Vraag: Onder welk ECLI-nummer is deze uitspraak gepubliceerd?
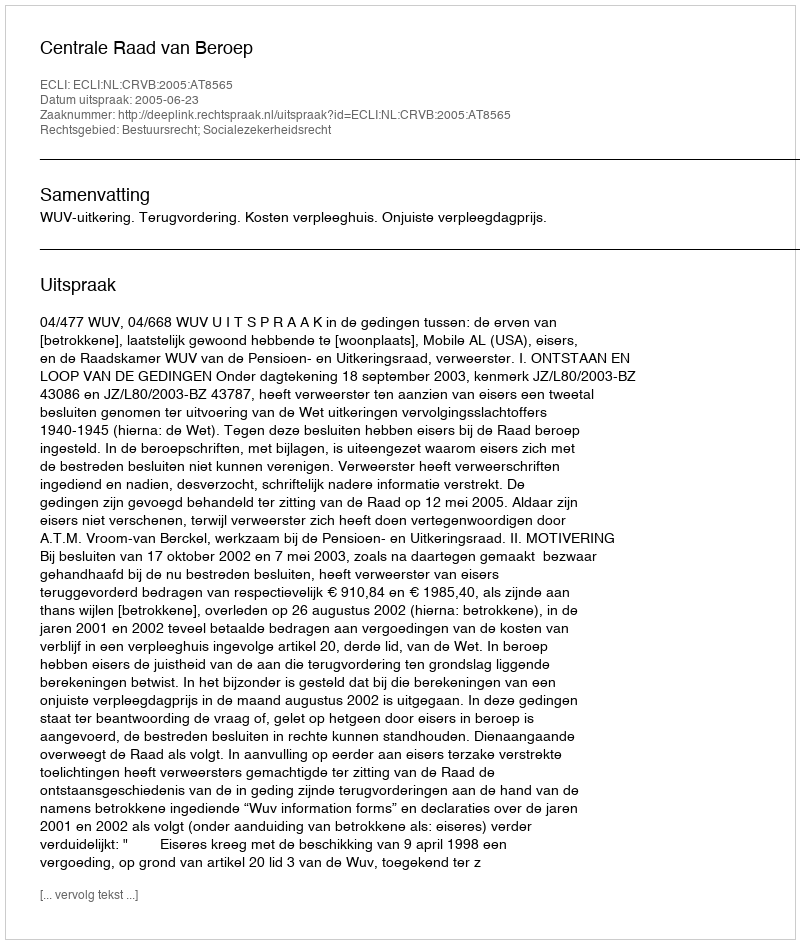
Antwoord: ECLI:NL:CRVB:2005:AT8565